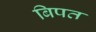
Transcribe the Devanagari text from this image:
बिपत